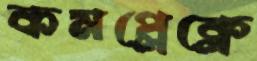
কমপ্লেক্লে